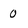
Character: 0